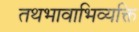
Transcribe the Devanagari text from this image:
तथभावाभिव्यक्ति